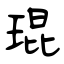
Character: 琨